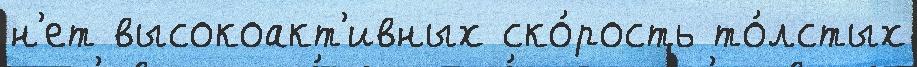
н'ет высокоакт'ивных ско́рость то́лстых